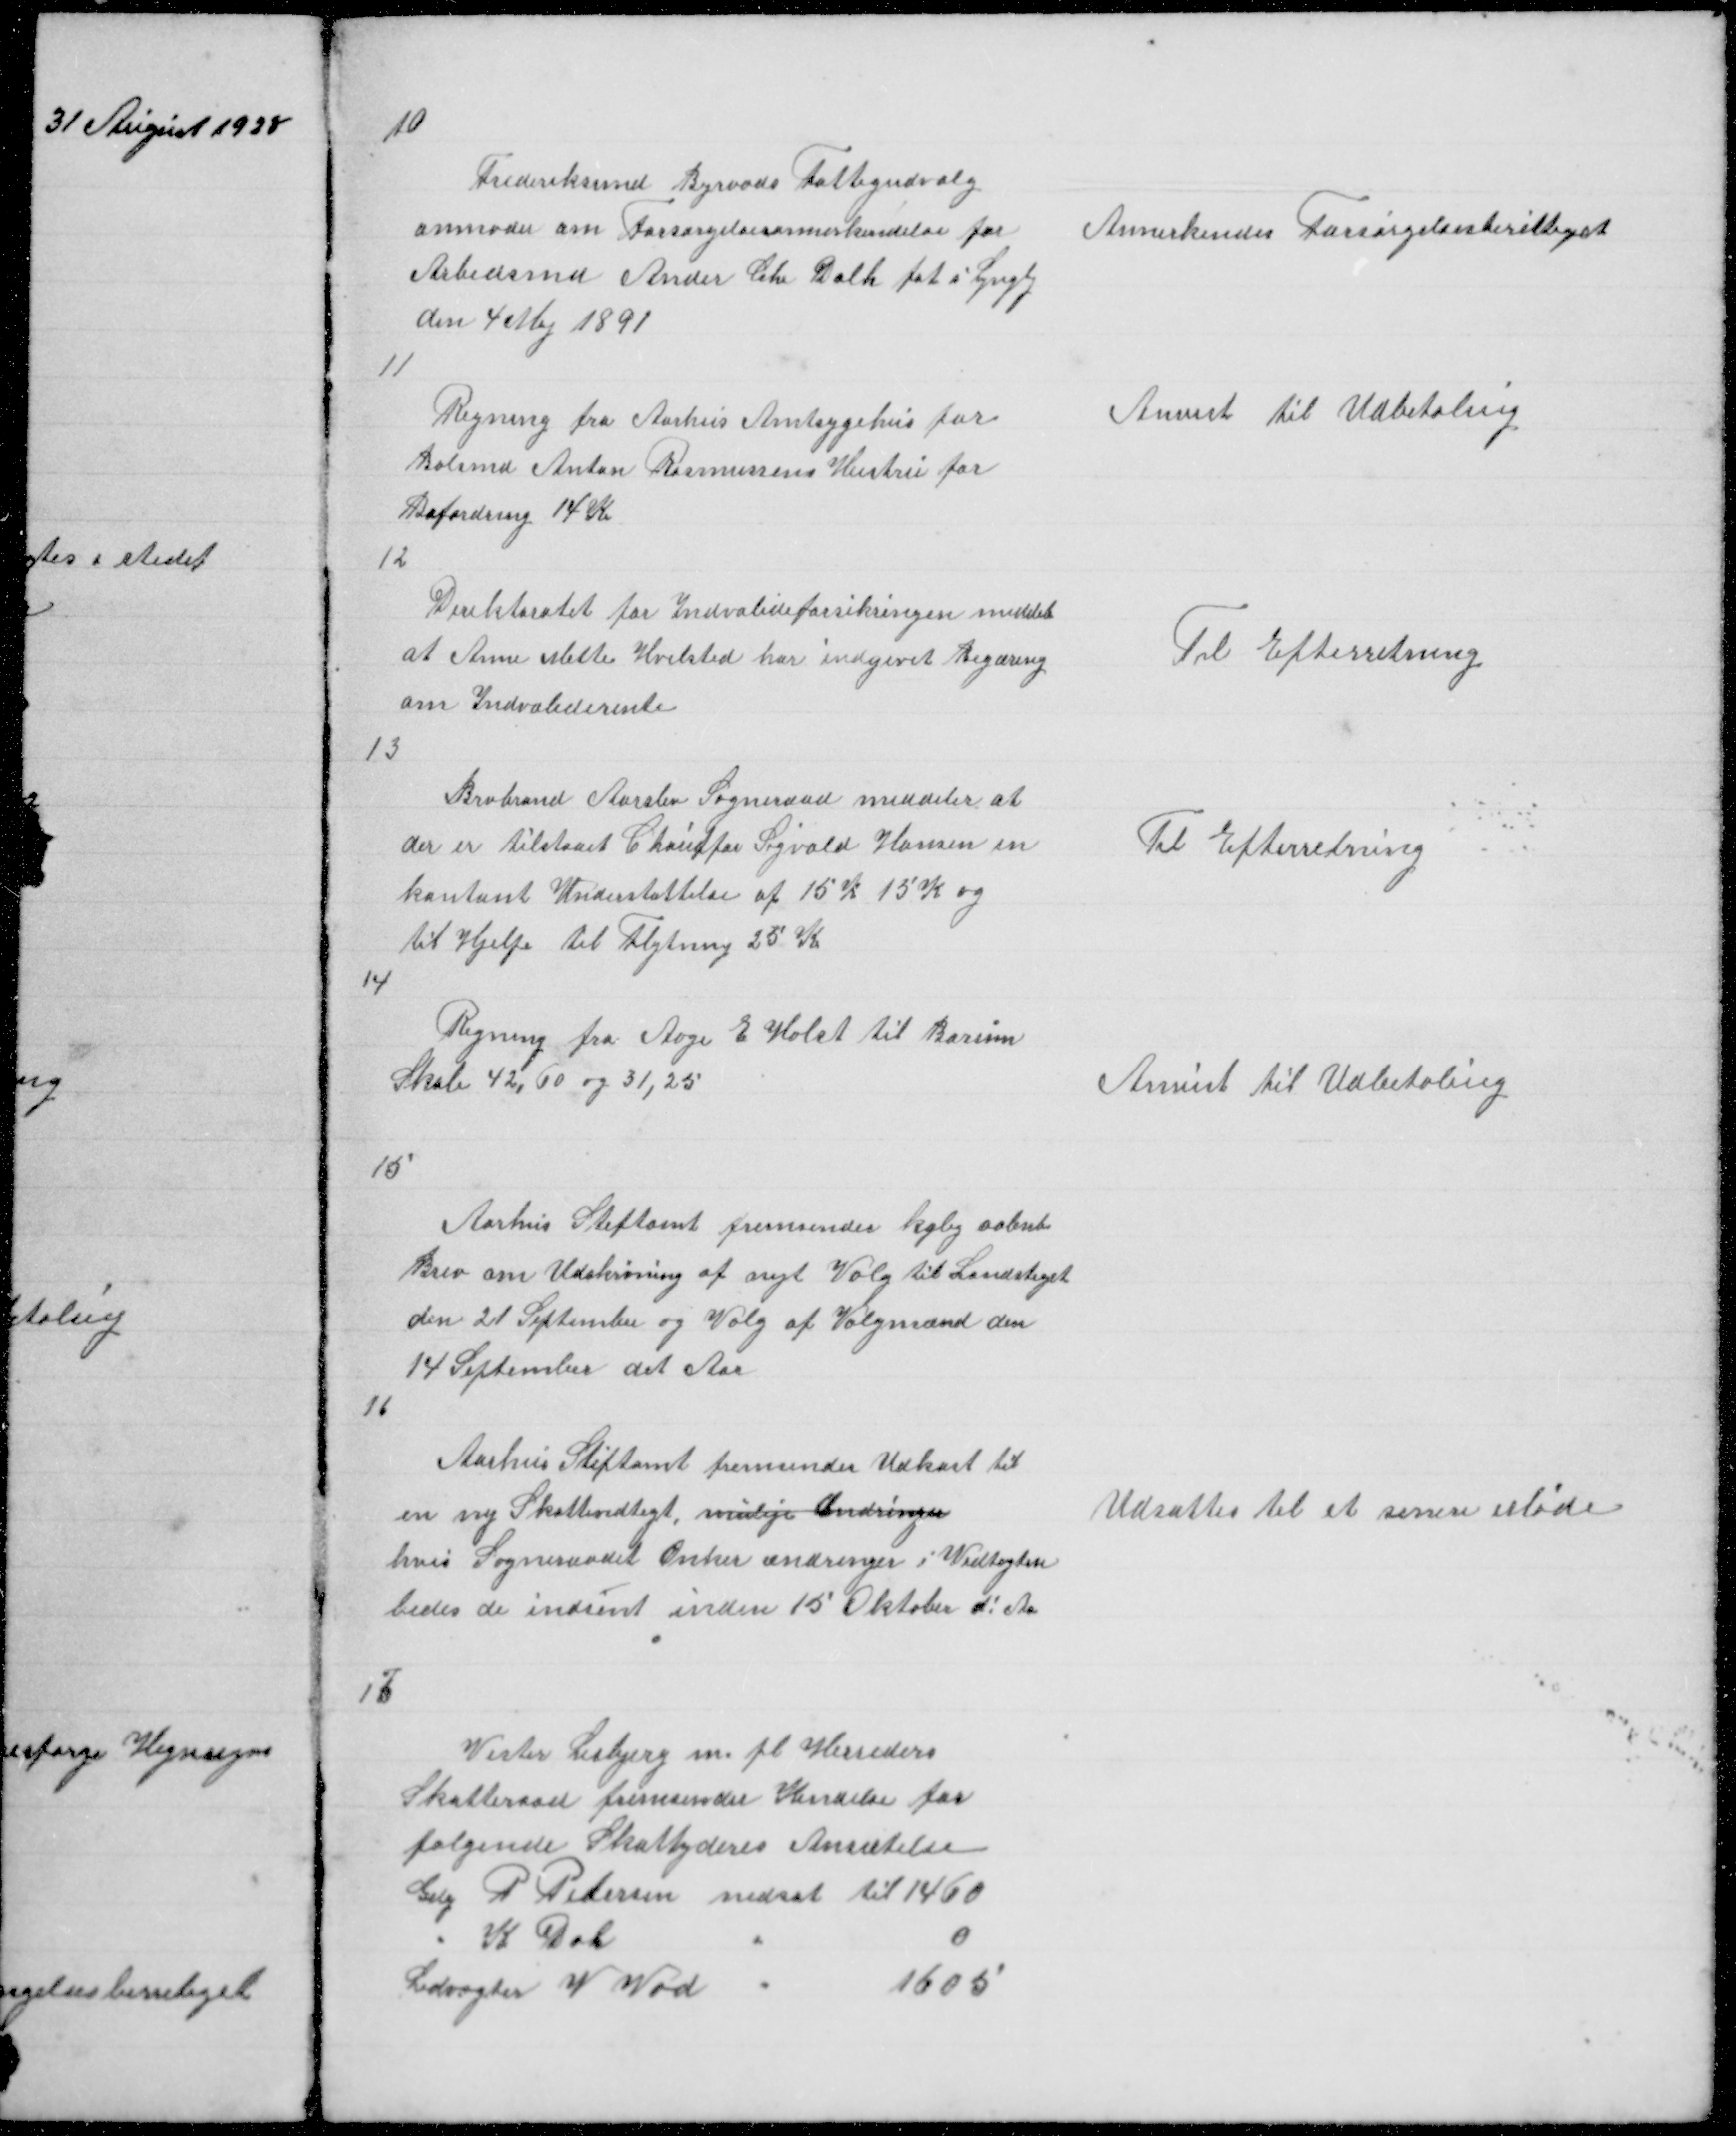
Transskription:
10

Frederiksund Byraads Fattigudvalg
anmoder om Forsørgelsesannerkendelse for
Arbedsmd Ander Chr Dalh føt i Lyngby
den 4 Maj 1891
11

Annerkendes Forsørgelsesberettiget

Regning fra Aarhus Amtsygehus for
Bolsmd Anton Rasmussens Hustru paa
Befordring 14 K
12

Anvist til Udbetaling

Direktoratet for Indvalideforsikringen meddeler
at Anne Mette Hvilsted har indgivet Begæring
om Indvaliderente

Til Efterretning

13

Brabrand Aarslev Sogneraad meddeler at
der er tilstaaet Chauffør Sigvald Hansen en
kontant Understøttelse af 15 K 15 K og
til Hjelp til Flytning 25 K

Til Efterretning

14

Regning fra Aage E Holst til Borum
Skole 42,60 og 31,25

Anvist til Udbetaling

15

Aarhus Stiftamt fremsender kglig aabnt
Brev om Udskrivning af nyt Valg til Landstiget
den 21 September og Valg af Valgmænd den
14 September det Aar

16

Aarhus Stiftamt fremsender Udkast til
en ny Skattevedtegt, mulige Ændringer
hvis Sogneraadet Ønker ændringer i Vedtegten
bedes de indsent inden 15 Oktober d! Aa!

Udsattes til et senere Møde

17

Vester Lisbjerg m fl Herreders
Skatteraad fremsender Kendelse for
følgende Skattyderes Ansætelse
Gdej P Petersen nedsat til 1460
"
K Dal
"
0
Ledvogter V Vad
"
1605